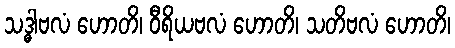
သဒ္ဓါဗလံ ဟောတိ၊ ဝီရိယဗလံ ဟောတိ၊ သတိဗလံ ဟောတိ၊